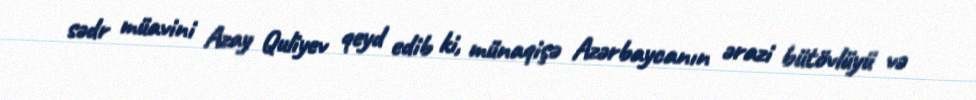
sədr müavini Azay Quliyev qeyd edib ki, münaqişə Azərbaycanın ərazi bütövlüyü və